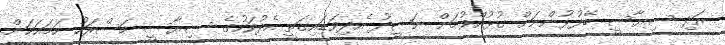
އަދި ސިޔާސީ ބޭފުޅުންނަށް ގުޅުއްވުމަށް ނަޝީދު އެދިވަޑައިގަތީ އެދުވަހުގެ ސިޔާސީ މަސްރަހު ހަމައަކަށް